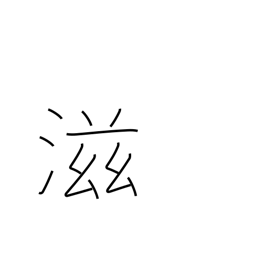
Meaning: more & more